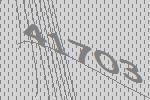
41703